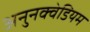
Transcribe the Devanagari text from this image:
अनुनक्वेडियम